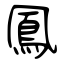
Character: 鳳